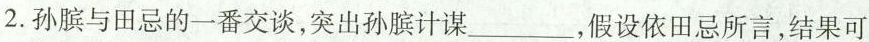
2.孙膑与田忌的一番交谈，突出孙膑计谋___，假设依田忌所言，结果可